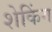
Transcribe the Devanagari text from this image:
शेकिंग